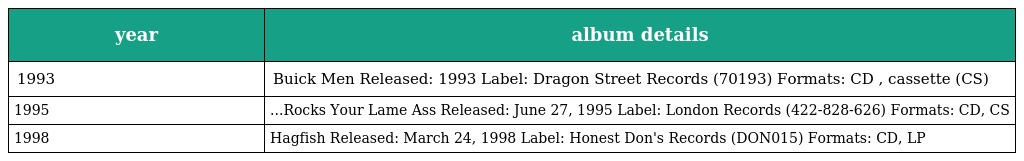
| year | album details |
 | --- | --- |
 | 1993 | Buick Men Released: 1993 Label: Dragon Street Records (70193) Formats: CD , cassette (CS) |
 | 1995 | ...Rocks Your Lame Ass Released: June 27, 1995 Label: London Records (422-828-626) Formats: CD, CS |
 | 1998 | Hagfish Released: March 24, 1998 Label: Honest Don's Records (DON015) Formats: CD, LP |